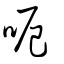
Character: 呃